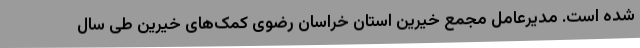
شده است. مدیرعامل مجمع خیرین استان خراسان رضوی کمک‌های خیرین طی سال